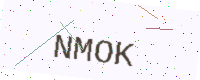
Text: NMOK